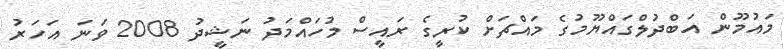
މައުމޫން އަބްދުލްގައްޔޫމުގެ މައްޗަށް ކުރީގެ ރައީސް މުހައްމަދު ނަޝީދު 2008 ވަނަ އަހަރު